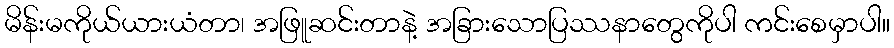
မိန်းမကိုယ်ယားယံတာ၊ အဖြူဆင်းတာနဲ့ အခြားသောပြဿနာတွေကိုပါ ကင်းစေမှာပါ။